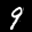
Label: 9